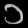
Digit: ၁